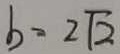
b = 2 \sqrt { 2 }